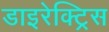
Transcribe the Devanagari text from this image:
डाइरेक्ट्रिस